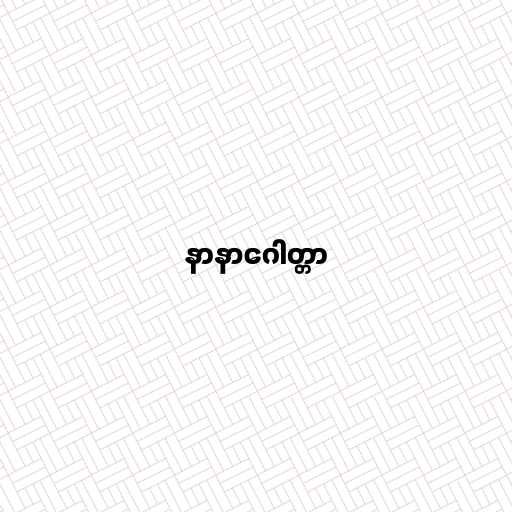
နာနာဂေါတ္တာ